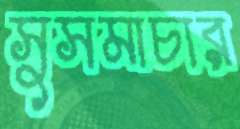
সুসমাচার